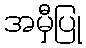
အမှီပြု